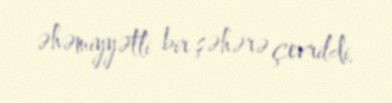
əhəmiyyətli bir şəhərə çevrildi.